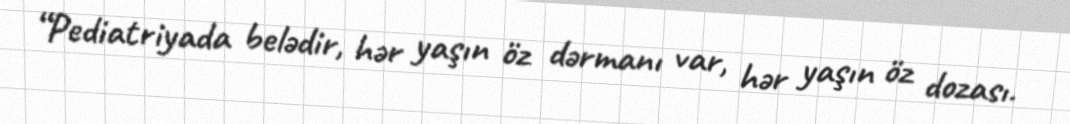
“Pediatriyada belədir, hər yaşın öz dərmanı var, hər yaşın öz dozası.